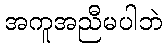
အကူအညီမပါဘဲ